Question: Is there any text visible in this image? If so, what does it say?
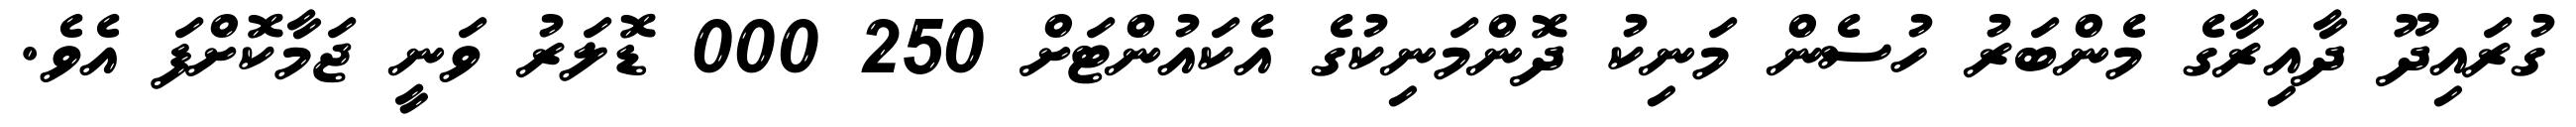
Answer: ގުރައިދޫ ދާއިރާގެ މެންބަރު ހުސެން މަނިކު ދޮންމަނިކުގެ އެކައުންޓަށް 250 000 ޑޮލަރު ވަނީ ޖަމާކޮށްފަ އެވެ.